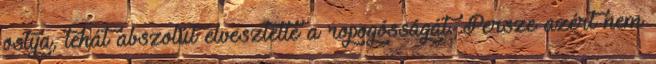
ostya, tehát abszolút elvesztette a ropogósságát. Persze azért nem